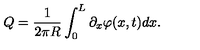
Q = \frac { 1 } { 2 \pi R } \int _ { 0 } ^ { L } \partial _ { x } \varphi ( x , t ) d x .